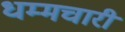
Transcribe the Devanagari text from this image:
धम्मचारी